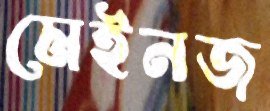
মেইনজ